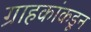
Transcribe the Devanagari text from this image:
ग्राहकांकडून